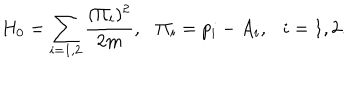
H _ { 0 } = \sum _ { i = 1 , 2 } { \frac { ( \Pi _ { i } ) ^ { 2 } } { 2 m } } , \ \ \ \Pi _ { i } = p _ { i } - A _ { i } , \ \ \ i = 1 , 2 .